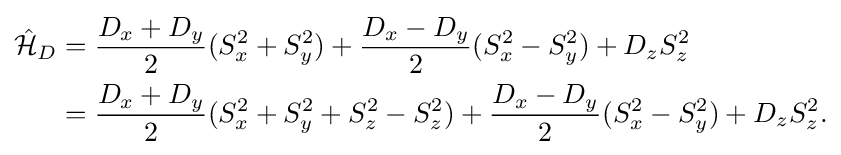
{\begin{aligned}{\hat {\mathcal {H}}}_{D}&={\frac {D_{x}+D_{y}}{2}}(S_{x}^{2}+S_{y}^{2})+{\frac {D_{x}-D_{y}}{2}}(S_{x}^{2}-S_{y}^{2})+D_{z}S_{z}^{2}\\&={\frac {D_{x}+D_{y}}{2}}(S_{x}^{2}+S_{y}^{2}+S_{z}^{2}-S_{z}^{2})+{\frac {D_{x}-D_{y}}{2}}(S_{x}^{2}-S_{y}^{2})+D_{z}S_{z}^{2}.\end{aligned}}